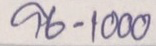
96 - 1000